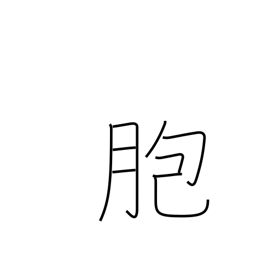
Meaning: sheath